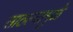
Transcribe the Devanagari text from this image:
साठल्यामुळे